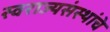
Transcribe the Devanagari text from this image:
स्वराज्यसंस्थांचे